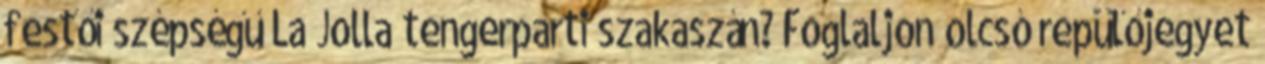
festői szépségű La Jolla tengerparti szakaszán? Foglaljon olcsó repülőjegyet